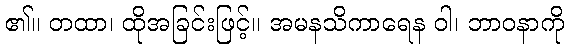
၏။ တထာ၊ ထိုအခြင်းဖြင့်။ အမနသိကာရေန ဝါ၊ ဘာဝနာကို